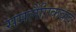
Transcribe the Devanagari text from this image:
समलैंगिकवाद